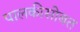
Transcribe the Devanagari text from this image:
पालकीसोबत